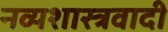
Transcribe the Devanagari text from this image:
नव्यशास्त्रवादी